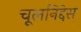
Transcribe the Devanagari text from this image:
चूलनिद्देस